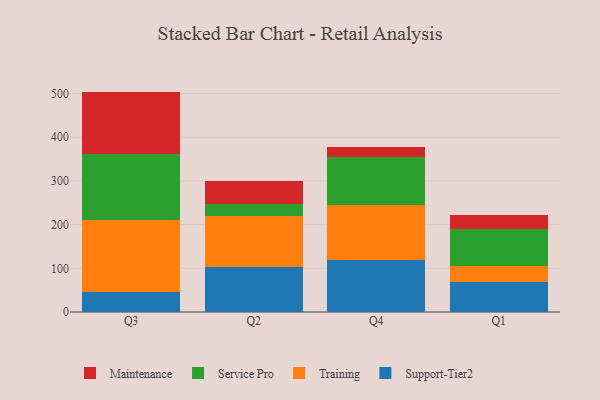
{"axis": {"x": "Quarter", "y": "Operating Costs (USD K)"}, "legend": ["Maintenance", "Service Pro", "Support-Tier2", "Training"], "data": [{"x": "Q3", "y": 45.4, "type": "Support-Tier2"}, {"x": "Q3", "y": 165.9, "type": "Training"}, {"x": "Q3", "y": 151.0, "type": "Service Pro"}, {"x": "Q3", "y": 142.1, "type": "Maintenance"}, {"x": "Q2", "y": 103.4, "type": "Support-Tier2"}, {"x": "Q2", "y": 116.2, "type": "Training"}, {"x": "Q2", "y": 27.5, "type": "Service Pro"}, {"x": "Q2", "y": 53.8, "type": "Maintenance"}, {"x": "Q4", "y": 118.7, "type": "Support-Tier2"}, {"x": "Q4", "y": 125.5, "type": "Training"}, {"x": "Q4", "y": 109.4, "type": "Service Pro"}, {"x": "Q4", "y": 24.7, "type": "Maintenance"}, {"x": "Q1", "y": 67.9, "type": "Support-Tier2"}, {"x": "Q1", "y": 36.3, "type": "Training"}, {"x": "Q1", "y": 85.1, "type": "Service Pro"}, {"x": "Q1", "y": 32.9, "type": "Maintenance"}]}